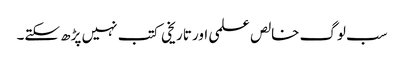
سب لوگ خالص علمی اور تاریخی کتب نہیں پڑھ سکتے۔